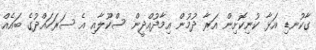
ގާކުނޑި އަޅާ ކުނިކޮށިިން އަރާ ދުމުން އިމާދުއްދީން ސްކޫލާއި އެ ސަރަހައްދުގެ ބައެއް